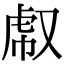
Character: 𧆤